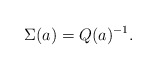
\begin{align*}\Sigma(a)=Q(a)^{-1}.\end{align*}